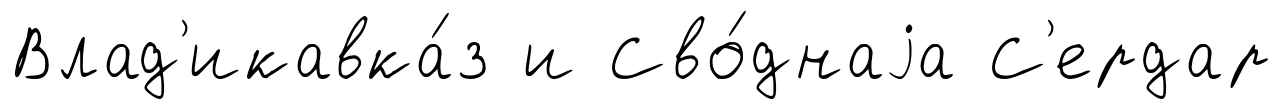
Влад'икавка́з и Сво́днаjа С'ердар